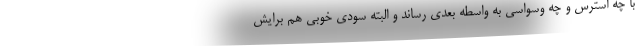
با چه استرس و چه وسواسي به واسطه بعدي رساند و البته سودي خوبي هم برايش